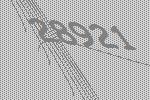
28921